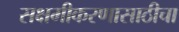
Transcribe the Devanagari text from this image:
सक्षमीकरणासाठीचा